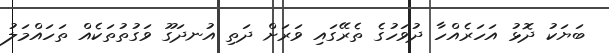
ބަޔަކު ދޮޅު އަހަރެއްހާ ދުވަހުގެ ތެރޭގައި ވަރަށް ދަތި އުނދަގޫ ވަގުތުތަކެއް ތަހައްމަލު